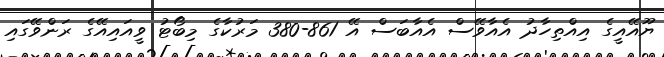
ޔޫއޭއީގެ އިއްތިހާދު އެއާވޭސް އެއާބަސް އޭ 861-380 މަރުކާގެ މިބޯޓު ވީއައިއޭގެ ރަންވޭގައި